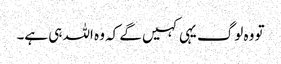
تو وہ لوگ یہی کہیں گے کہ وہ اللہ ہی ہے۔